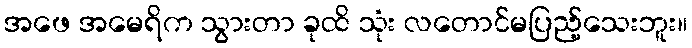
အဖေ အမေရိက သွားတာ ခုထိ သုံး လတောင်မပြည့်သေးဘူး။